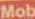
Mob